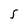
Character: 5